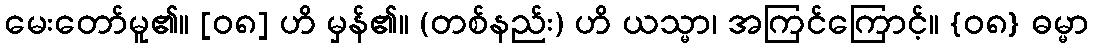
မေးတော်မူ၏။ [၀၈] ဟိ မှန်၏။ (တစ်နည်း) ဟိ ယသ္မာ၊ အကြင်ကြောင့်။ {၀၈} ဓမ္မာ